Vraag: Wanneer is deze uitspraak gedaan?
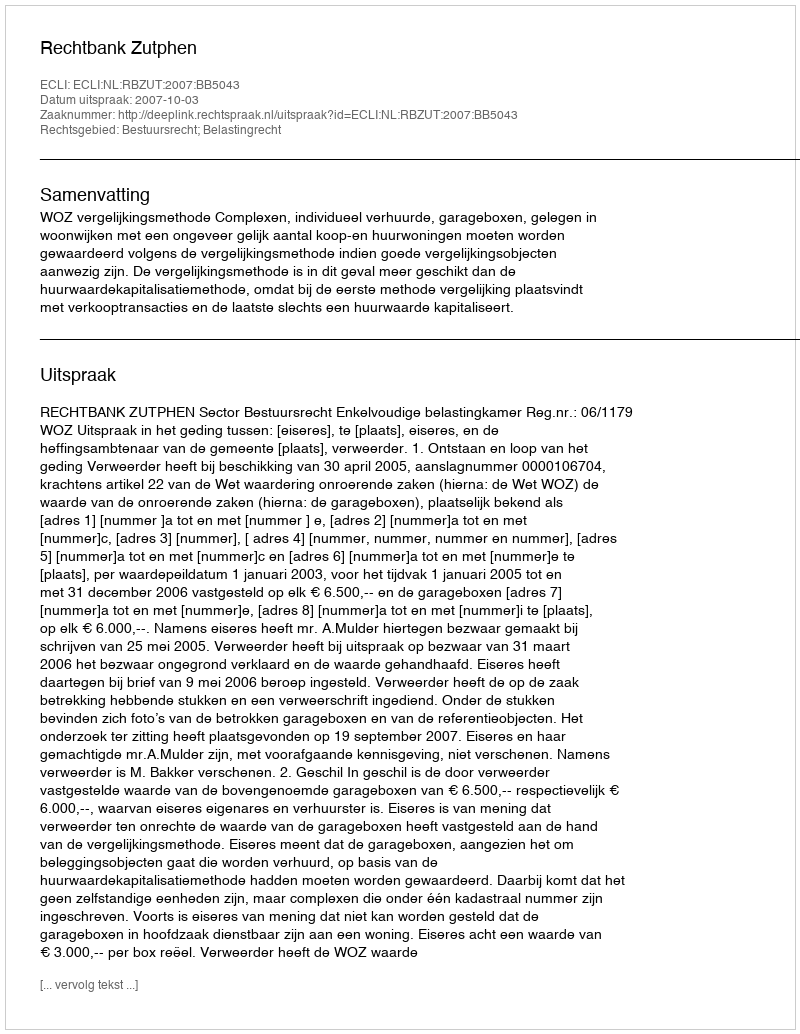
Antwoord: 2007-10-03